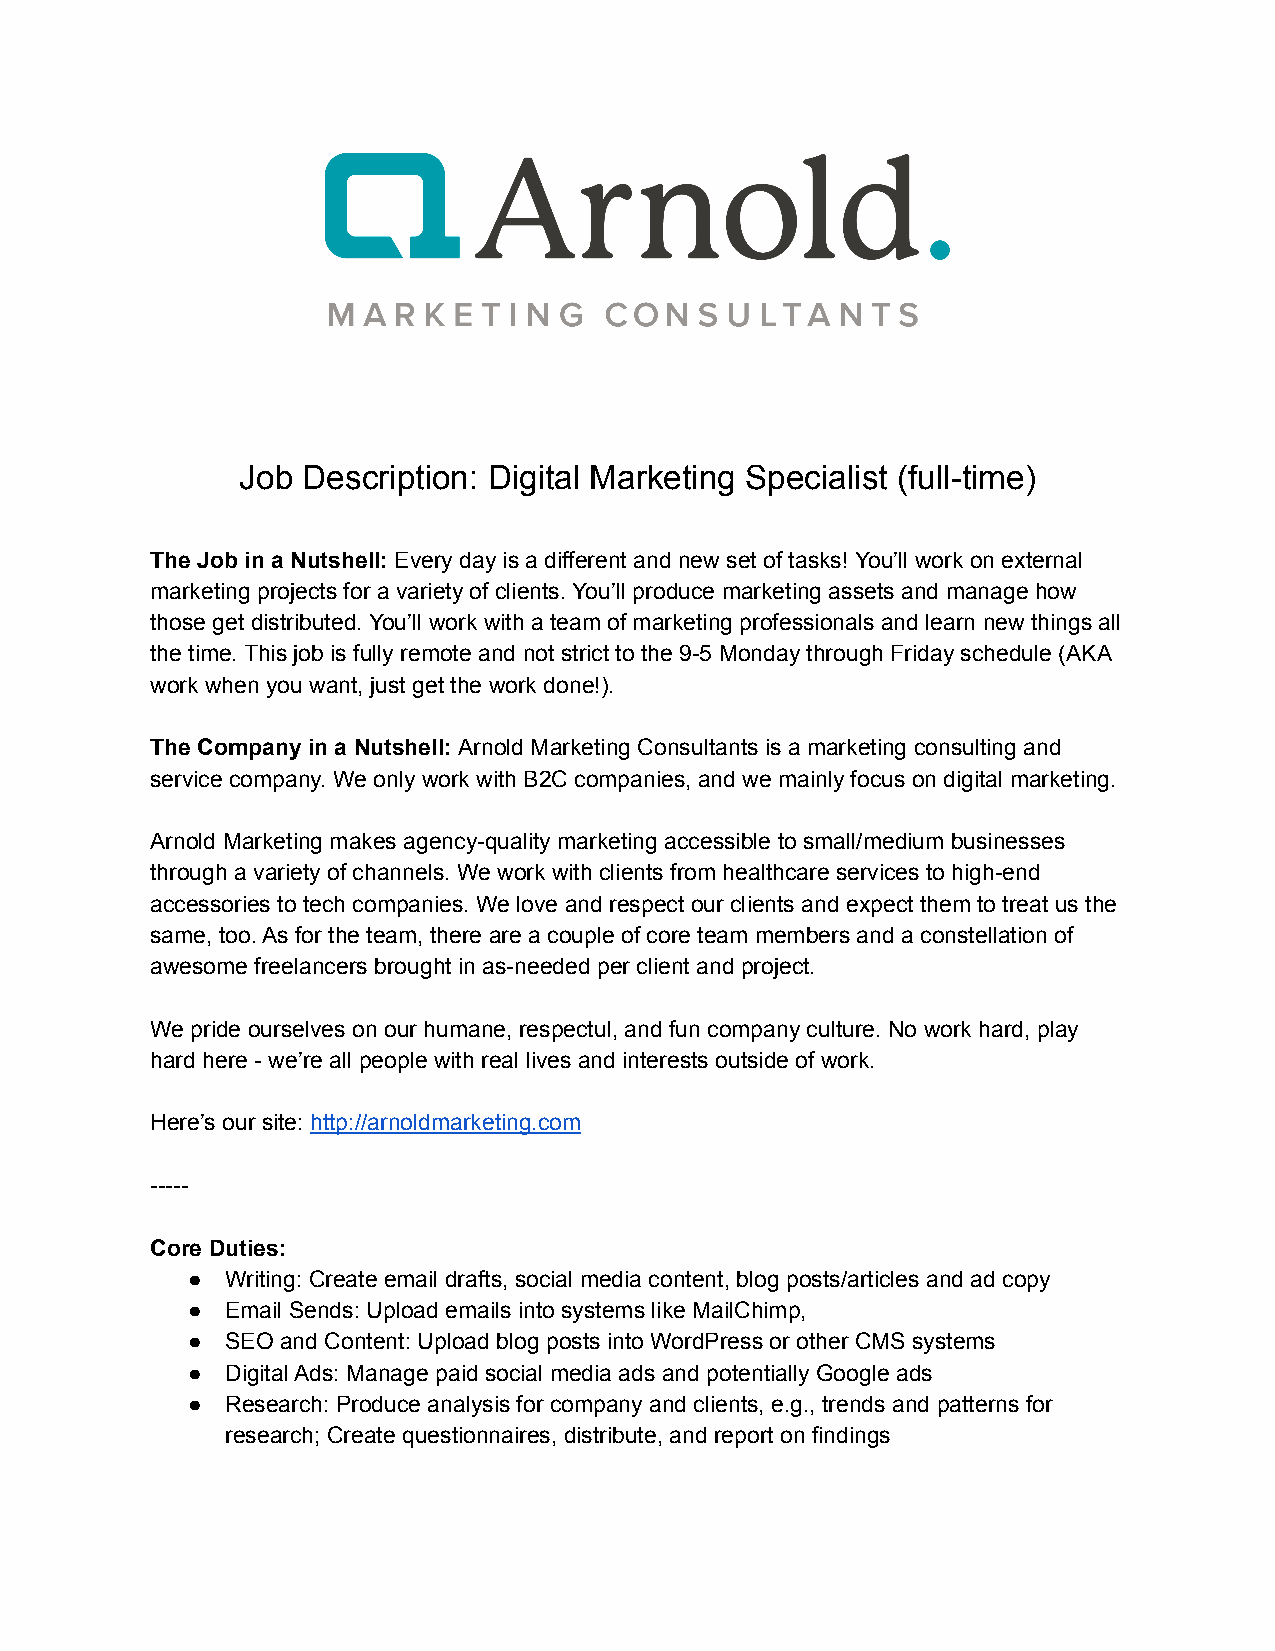
Job Description: Digital Marketing Specialist (full-time)
 The Job in a Nutshell: Every day is a different and new set of tasks! You’ll work on external
 marketing projects for a variety of clients. You’ll produce marketing assets and manage how
 those get distributed. You’ll work with a team of marketing professionals and learn new things all
 the time. This job is fully remote and not strict to the 9-5 Monday through Friday schedule (AKA
 work when you want, just get the work done!).
 The Company in a Nutshell: Arnold Marketing Consultants is a marketing consulting and
 service company. We only work with B2C companies, and we mainly focus on digital marketing.
 Arnold Marketing makes agency-quality marketing accessible to small/medium businesses
 through a variety of channels. We work with clients from healthcare services to high-end
 accessories to tech companies. We love and respect our clients and expect them to treat us the
 same, too. As for the team, there are a couple of core team members and a constellation of
 awesome freelancers brought in as-needed per client and project.
 We pride ourselves on our humane, respectul, and fun company culture. No work hard, play
 hard here - we’re all people with real lives and interests outside of work.
 Here’s our site: http://arnoldmarketing.com
 -----
 Core Duties:
 ●  Writing: Create email drafts, social media content, blog posts/articles and ad copy
 ●  Email Sends: Upload emails into systems like MailChimp,
 ●  SEO and Content: Upload blog posts into WordPress or other CMS systems
 ●  Digital Ads: Manage paid social media ads and potentially Google ads
 ●  Research: Produce analysis for company and clients, e.g., trends and patterns for
 research; Create questionnaires, distribute, and report on findings